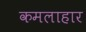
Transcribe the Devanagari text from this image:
कमलाहार